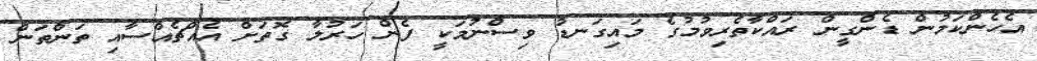
އެހެންކަމުން ޑެންގީން ރައްކާތެރިވުމުގެ މައިގަނޑު ވިސްނުމަކީ ފެން ހަރުލާ ގޮތަށް އެއްޗެއްސާއި ތަންތަން